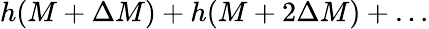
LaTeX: h(M+\Delta M)+h(M+2\Delta M)+\ldots